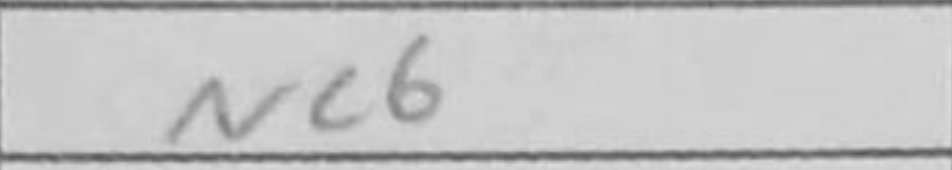
Transcription: Nc6